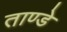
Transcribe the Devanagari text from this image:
ताण्डे